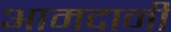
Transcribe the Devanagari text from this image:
आमदानी